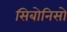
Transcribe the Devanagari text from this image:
सिबोनिसो